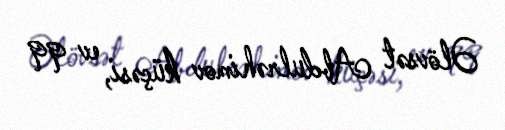
Əlövsət Abdulrəhimov küçəsi, ev 99